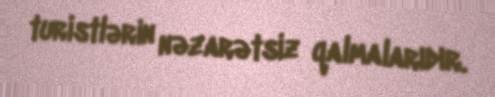
turistlərin nəzarətsiz qalmalarıdır.